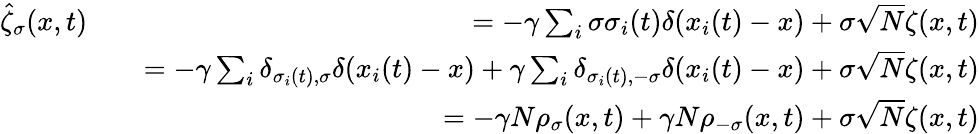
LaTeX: \begin{array}{rlr}{\hat{\zeta}_{\sigma}(x,t)}&{}&{=-\gamma\sum_{i}\sigma\sigma_{i}(t)\delta(x_{i}(t)-x)+\sigma\sqrt{N}\zeta(x,t)}\\ &{}&{=-\gamma\sum_{i}\delta_{\sigma_{i}(t),\sigma}\delta(x_{i}(t)-x)+\gamma\sum_{i}\delta_{\sigma_{i}(t),-\sigma}\delta(x_{i}(t)-x)+\sigma\sqrt{N}\zeta(x,t)}\\ &{}&{=-\gamma N\rho_{\sigma}(x,t)+\gamma N\rho_{-\sigma}(x,t)+\sigma\sqrt{N}\zeta(x,t)}\end{array}